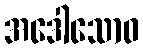
အဒေါသောဝ